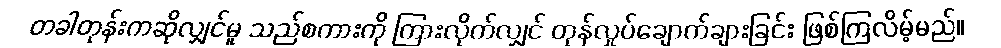
တခါတုန်းကဆိုလျှင်မူ သည်စကားကို ကြားလိုက်လျှင် တုန်လှုပ်ချောက်ချားခြင်း ဖြစ်ကြလိမ့်မည်။